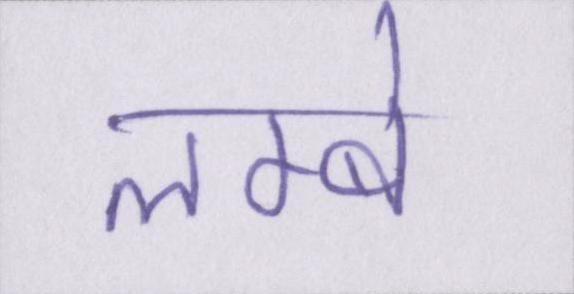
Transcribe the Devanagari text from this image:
लम्बे